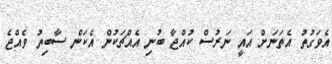
އެވަގުތު އެތަނަށް އައީ ނަރުސް ކުއްޖާ ބުނި އެއްޗަކުން އެކަން ސާބިތު ވެއްޖެ